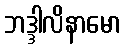
ဘဒ္ဒါလိနာမော